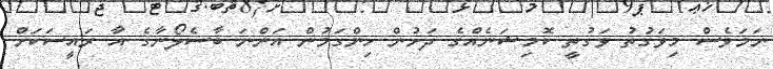
ނަމަވެސް މިވަގުތު ވަގުތީ ކޮމިޝަނެއްގެ ދަށުން ހިންގަމުން އަންނަ ބާސެލޯނާގެ އާ ރައީސަކަށް